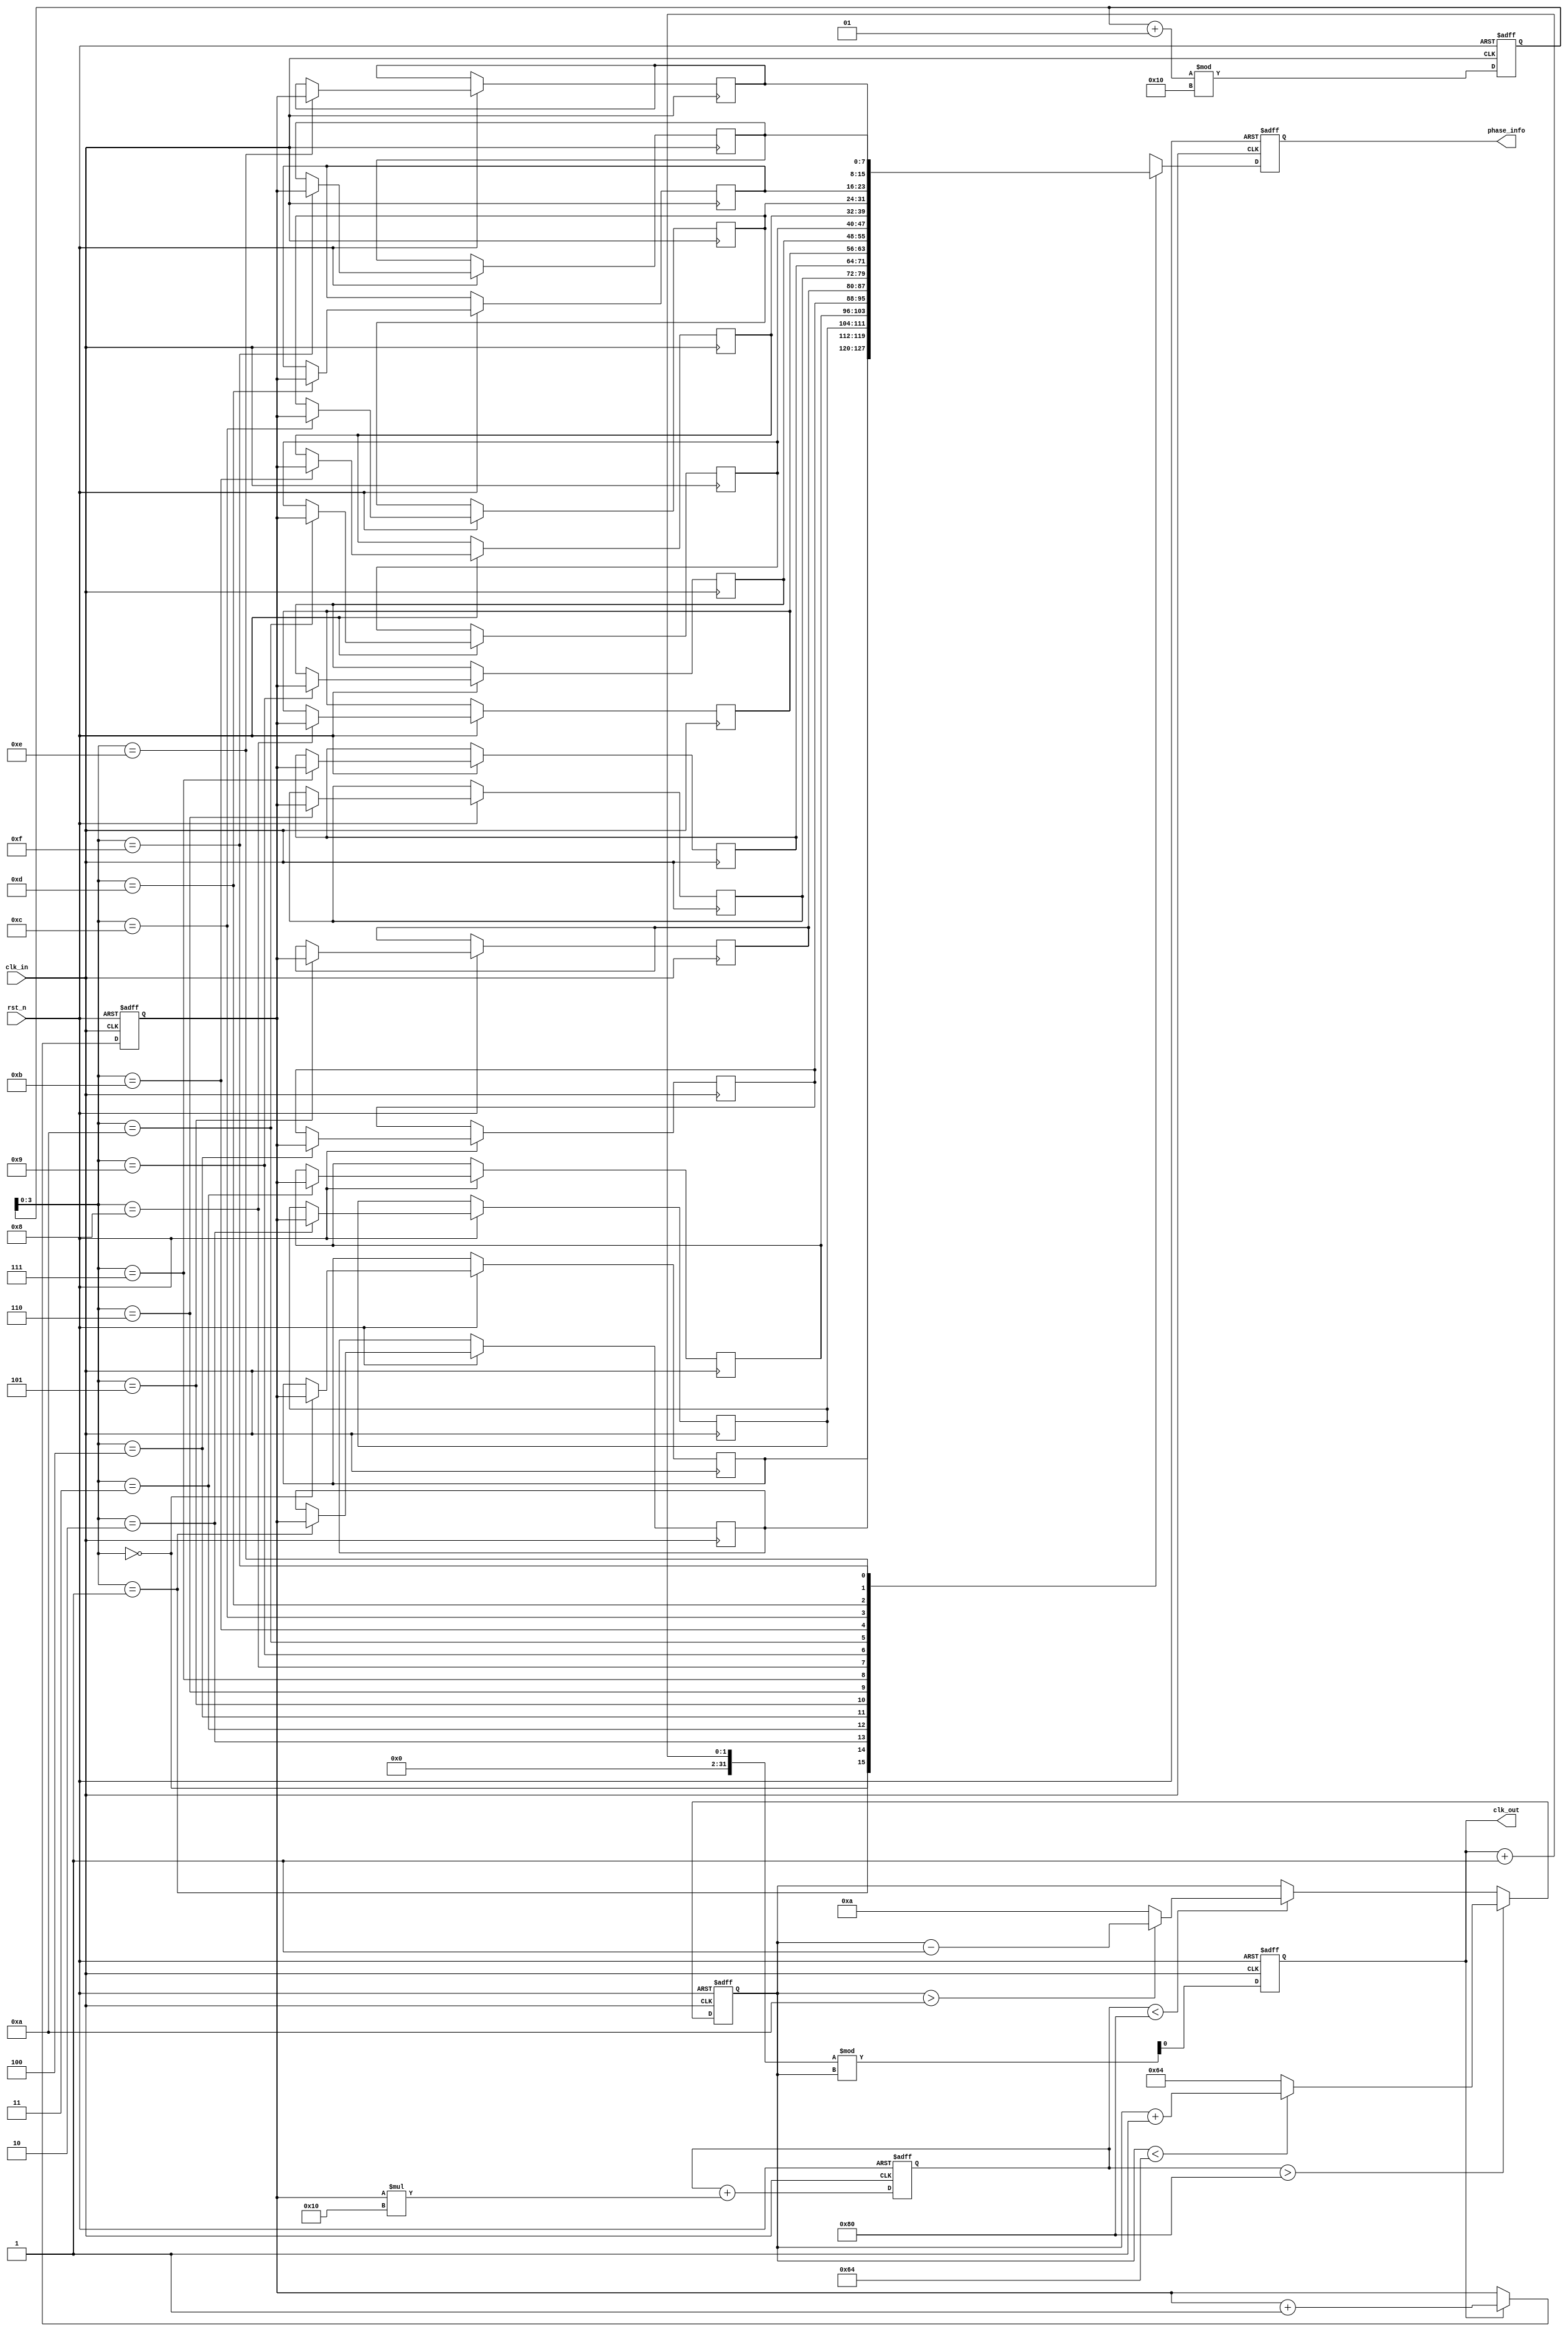
module ClockRecoveryPLL (
    input wire clk_in,        // Incoming data signal
    input wire rst_n,         // Active low reset
    output reg clk_out,       // Output clock signal
    output reg [7:0] phase_info // Memory block to store phase information
);

// Parameters for loop filter and VCO
parameter LOOP_FILTER_GAIN = 8'h10; // Gain for loop filter
parameter VCO_MAX_FREQ = 100; // Max frequency for VCO
parameter VCO_MIN_FREQ = 10;  // Min frequency for VCO

// Internal signals
reg [7:0] phase_error; // Phase error signal
reg [7:0] control_voltage; // Control voltage for VCO
reg [7:0] vco_frequency; // Frequency of the VCO
reg [7:0] memory_block [0:15]; // Memory blocks for phase information
integer mem_ptr; // Pointer for memory blocks

// Phase Detector
always @(posedge clk_in or negedge rst_n) begin
    if (!rst_n) begin
        phase_error <= 0;
    end else begin
        // Simple edge detection for phase comparison
        if (clk_out) begin
            phase_error <= phase_error + 1; // Increment phase error
        end
    end
end

// Loop Filter
always @(posedge clk_in or negedge rst_n) begin
    if (!rst_n) begin
        control_voltage <= 0;
    end else begin
        // Low-pass filter implementation
        control_voltage <= control_voltage + (phase_error * LOOP_FILTER_GAIN);
    end
end

// Voltage-Controlled Oscillator (VCO)
always @(posedge clk_in or negedge rst_n) begin
    if (!rst_n) begin
        vco_frequency <= VCO_MIN_FREQ;
        clk_out <= 0;
    end else begin
        // Adjust VCO frequency based on control voltage
        if (control_voltage > 128) begin
            vco_frequency <= (vco_frequency < VCO_MAX_FREQ) ? vco_frequency + 1 : VCO_MAX_FREQ;
        end else if (control_voltage < 128) begin
            vco_frequency <= (vco_frequency > VCO_MIN_FREQ) ? vco_frequency - 1 : VCO_MIN_FREQ;
        end
        
        // Generate output clock based on VCO frequency
        clk_out <= (clk_out + 1) % vco_frequency;
    end
end

// Memory Block for phase information
always @(posedge clk_in or negedge rst_n) begin
    if (!rst_n) begin
        mem_ptr <= 0;
        phase_info <= 0;
    end else begin
        // Store phase information in memory blocks
        memory_block[mem_ptr] <= phase_error;
        phase_info <= memory_block[mem_ptr]; // Output phase info
        mem_ptr <= (mem_ptr + 1) % 16; // Circular buffer
    end
end

endmodule